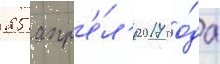
25 апр'е́л'я 2017 го́да